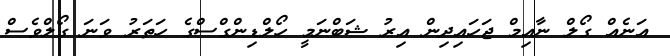
އަނެއް ގޯލް ނާއިމް ޖަހައިދިން އިރު ޝަބްނަމީ ހޯލްޑިންގްސްގެ ހަތަރު ވަނަ ގޯލްވެސް